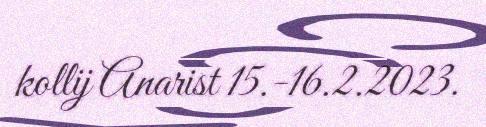
kollij Anarist 15.-16.2.2023.